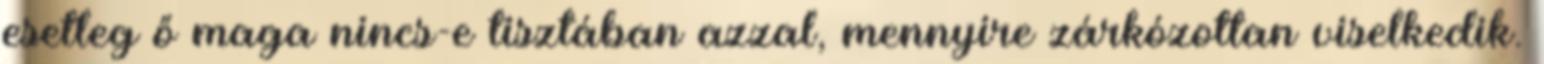
esetleg ő maga nincs-e tisztában azzal, mennyire zárkózottan viselkedik.